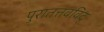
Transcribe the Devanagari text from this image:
पुरातत्तवविद्